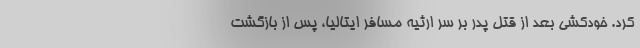
کرد. خودکشی بعد از قتل پدر بر سر ارثیه مسافر ایتالیا، پس از بازگشت